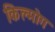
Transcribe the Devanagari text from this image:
किल्मोग